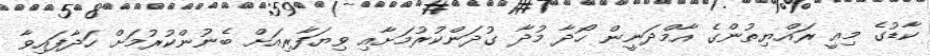
ކާޑުގެ މިއީ ރައްޔިތުންގެ އާމްދަނީން ހޯދާ މުދާ ގުދަންކުރުމަށާއި ވިޔަފާރިއަށް ބެނުންކުރުމަށް ހަދާފައިވާ